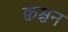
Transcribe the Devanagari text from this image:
क्वश्चन